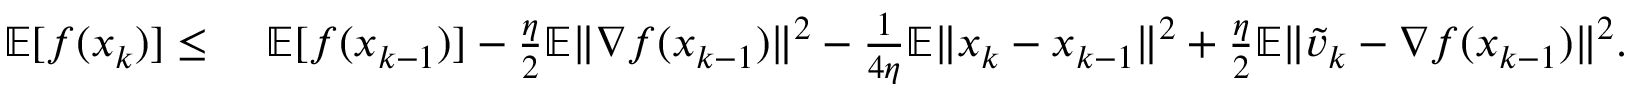
\begin{array} { r l } { \mathbb { E } [ f ( x _ { k } ) ] \leq } & { \ \mathbb { E } [ f ( x _ { k - 1 } ) ] - \frac { \eta } { 2 } \mathbb { E } \| \nabla f ( x _ { k - 1 } ) \| ^ { 2 } - \frac { 1 } { 4 \eta } \mathbb { E } \| x _ { k } - x _ { k - 1 } \| ^ { 2 } + \frac { \eta } { 2 } \mathbb { E } \| \widetilde v _ { k } - \nabla f ( x _ { k - 1 } ) \| ^ { 2 } . } \end{array}